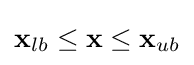
\mathbf {x} _{lb}\leq \mathbf {x} \leq \mathbf {x} _{ub}